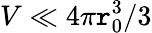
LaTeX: V\ll4\pi\mathtt{r}_{0}^{3}/3